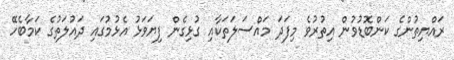
ރައްޔިތުންގެ ކަންބޮޑުވުން އިތުރުވެ މިފަދަ މައްސަލަތަކާއި ގުޅިގެން ފިޔަވަޅު އެޅުމުގައި ދައުލަތުގެ ކަމާބެހޭ